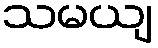
သမယျ